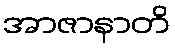
အာဇာနာတိ